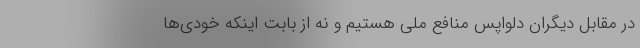
در مقابل دیگران دلواپس منافع ملی هستیم و نه از بابت اینکه خودی‌ها